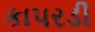
કાપરડી